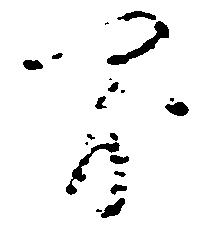
間